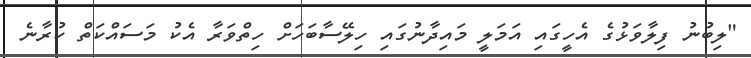
"ލިބުނު ފިލާވަޅުގެ އެހީގައި އަމަލީ މައިދާނުގައި ހިލޭސާބަހަށް ހިތްވަރާ އެކު މަސައްކަތް ކުރާނެ